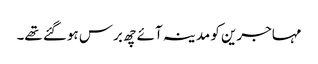
مہاجرین کو مدینہ آئے چھ برس ہوگئے تھے۔